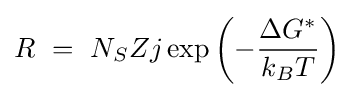
R\ =\ N_{S}Zj\exp \left(-{\frac {\Delta G^{*}}{k_{B}T}}\right)